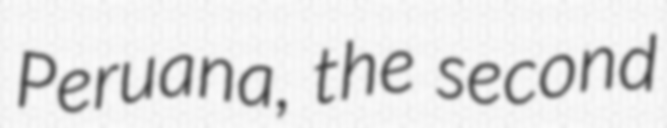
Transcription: Peruana, the second